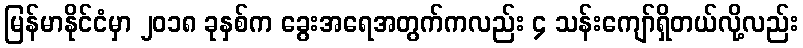
မြန်မာနိုင်ငံမှာ ၂၀၁၈ ခုနှစ်က ခွေးအရေအတွက်ကလည်း ၄ သန်းကျော်ရှိတယ်လို့လည်း